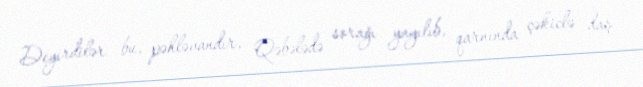
Deyirdilər bu, pəhləvandır, Qəbələdə sorağı yayılıb, qarnında çəkiclə daş